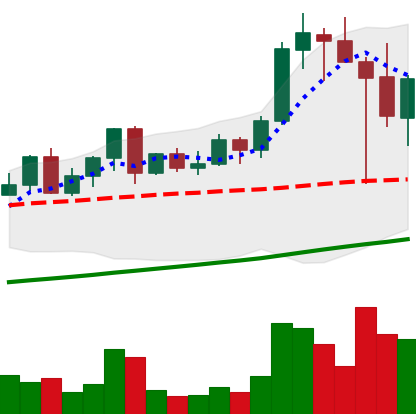
Ticker: LINK-USD
Chart end date: 2021-04-20
Forward return: -19.024%
Label: down_7plus